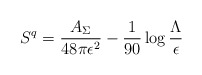
\begin{align*}S^q={A_\Sigma \over 48\pi \epsilon^2}-{1 \over 90} \log {\Lambda \over\epsilon}\end{align*}